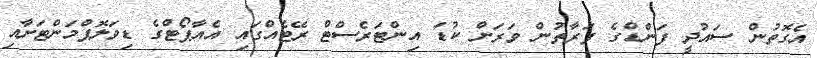
އެގޮތުން ސައުދީ ފަންޑްގެ ފަރާތުން ވަރަށް ކުޑަ އިންޓަރެސްޓް ރޭޓެއްގައި އެއާޕޯޓްގެ ޑިވަލޮޕްމަންޓަށާއި